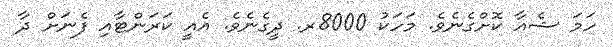
ހަމަ ޝެއާ ކޮށްގެނެވެ. މަހަކު 8000ރ. ދީގެނެވެ. އެއީ ކަރަންޓާއި ފެނަށް ދާ